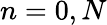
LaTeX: n=0,N